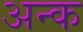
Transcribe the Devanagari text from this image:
अन्क